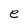
Character: e